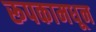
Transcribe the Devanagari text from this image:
रूपकामधून